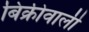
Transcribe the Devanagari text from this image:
बिक्रीवाली